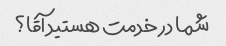
شما در خدمت هستید آقا؟